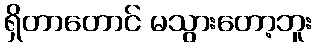
ရှိတာတောင် မသွားတော့ဘူး